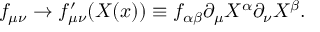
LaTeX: f _ { \mu \nu } \to f _ { \mu \nu } ^ { \prime } ( X ( x ) ) \equiv f _ { \alpha \beta } \partial _ { \mu } X ^ { \alpha } \partial _ { \nu } X ^ { \beta } .